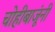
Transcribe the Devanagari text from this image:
चोहीबाजूंनी